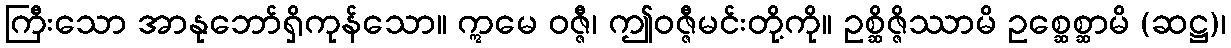
ကြီးသော အာနုဘော်ရှိကုန်သော။ ဣမေ ဝဇ္ဇီ၊ ဤဝဇ္ဇီမင်းတို့ကို။ ဥစ္ဆိဇ္ဇိဿာမိ ဥစ္ဆေစ္ဆာမိ (ဆဋ္ဌ)၊